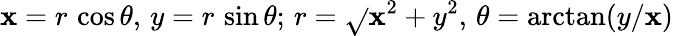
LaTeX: \mathbf{x}=r\, \cos\theta,\, y=r\, \sin\theta;\, r={\sqrt{}{{\mathbf{x}^{2}+y^{2}}}},\, \theta=\arctan(y/\mathbf{x})